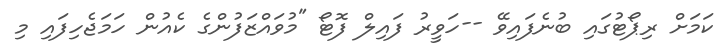
ކަމަށް ރިޕޯޓުގައި ބުނެފައިވޭ --ހަވީރު ފައިލް ފޮޓޯ "މުވައްޒަފުންގެ ކެއުން ހަމަޖެހިފައި މި